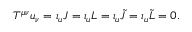
{ \cal T } ^ { \mu \nu } u _ { \nu } = \iota _ { u } { \cal J } = \iota _ { u } { \cal L } = \iota _ { u } { \cal \tilde { J } } = \iota _ { u } { \cal \tilde { L } } = 0 .